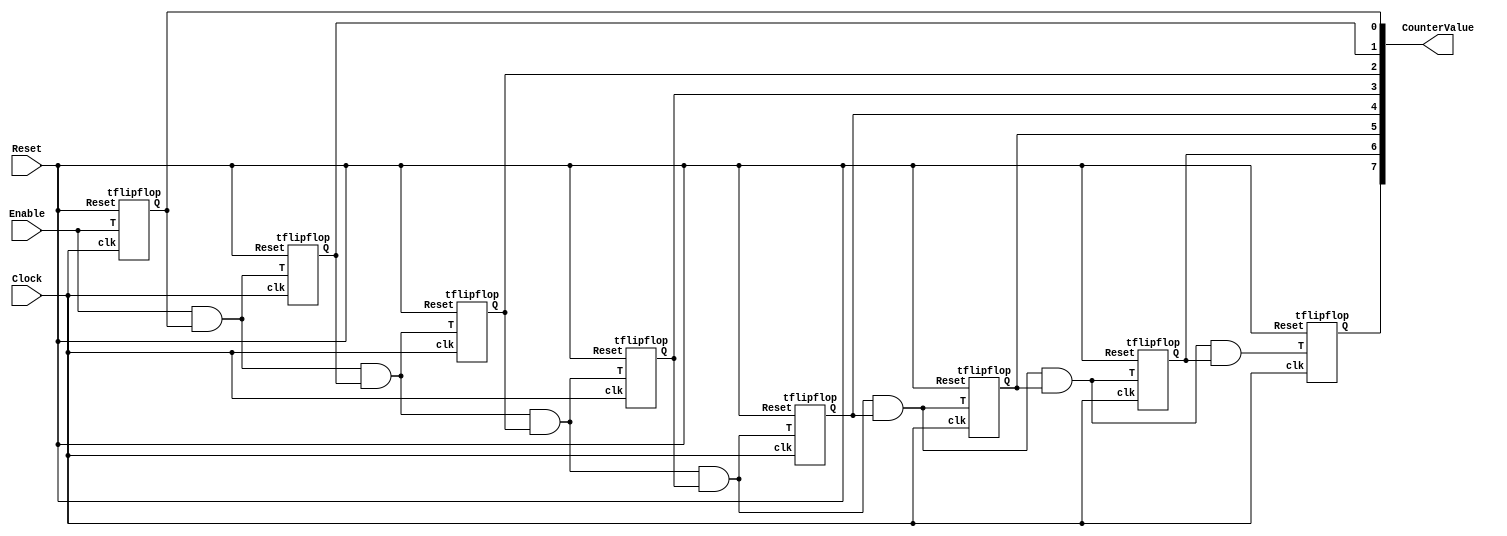
module part1(
	input Clock,
	input Enable, // enable
	input Reset, 
	output [7:0] CounterValue
);

wire [6:0] squak;

    // Instantiating 8 T flip-flops
    tflipflop moo(Clock, Enable, Reset, CounterValue[0]);
	 assign squak[0] = Enable&CounterValue[0];
    tflipflop quack(Clock, squak[0] , Reset, CounterValue[1]);
	 assign squak[1] = squak[0]&CounterValue[1];
    tflipflop arf(Clock,squak[1] , Reset, CounterValue[2]);
	 assign squak[2] = squak[1]&CounterValue[2];
    tflipflop meow(Clock,squak[2] , Reset, CounterValue[3]);
	 assign squak[3] = squak[2]&CounterValue[3];
    tflipflop neigh(Clock, squak[3], Reset, CounterValue[4]);
	 assign squak[4] = squak[3]&CounterValue[4];
    tflipflop croak(Clock, squak[4], Reset, CounterValue[5]);
	 assign squak[5] = squak[4]&CounterValue[5];
    tflipflop oink(Clock,squak[5] , Reset, CounterValue[6]);
	 assign squak[6] = squak[5]&CounterValue[6];
    tflipflop ribbit(Clock, squak[6], Reset, CounterValue[7]);
endmodule



module tflipflop(
	input clk,  // Clock 
	input T,    // Toggle
	input Reset,
	output reg Q    // Flip-flop
);

   always @(posedge clk) 
	begin
	if (Reset) Q <= 1'b0;
	else Q <= T^Q;  //s-xnoring
	end
	
endmodule